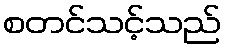
စတင်သင့်သည်